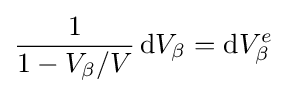
{\frac {1}{1-V_{\beta }/V}}\,\mathrm {d} V_{\beta }=\mathrm {d} V_{\beta }^{e}